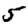
Digit: 5